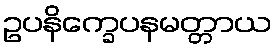
ဥပနိက္ခေပနမတ္တာယ